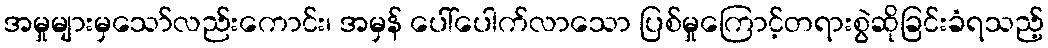
အမှုများမှသော်လည်းကောင်း၊ အမှန် ပေါ်ပေါက်လာသော ပြစ်မှုကြောင့်တရားစွဲဆိုခြင်းခံရသည့်